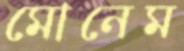
মোনেম